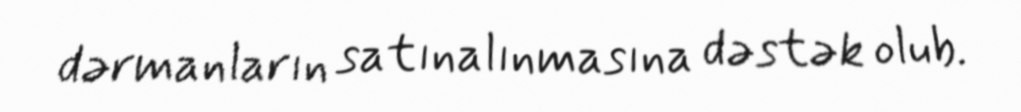
dərmanların satınalınmasına dəstək olub.